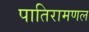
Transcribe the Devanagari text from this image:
पातिरामणल